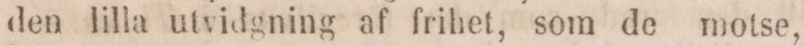
den lilla utvidgning af frihet, som de motse,